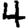
Digit: 4